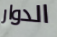
الدوار